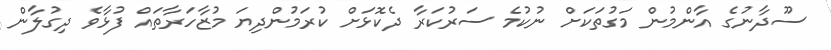
ސޫދާނުގެ އާންމުން މަގުތަކަށް ނުކުމެ ސަރުކަރާ ދެކޮޅަށް ކުރަމުންދިޔަ މުޒާހަރާތައް ފުޅާވެ ދިގުލާން